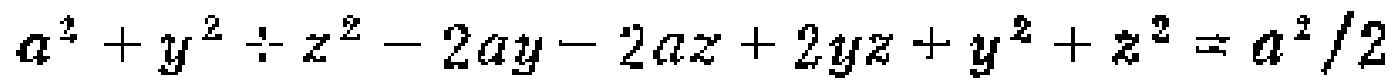
$a^{2}+y^{2}+z^{2}-2ay - 2az + 2yz+y^{2}+z^{2}=a^{2}/2$